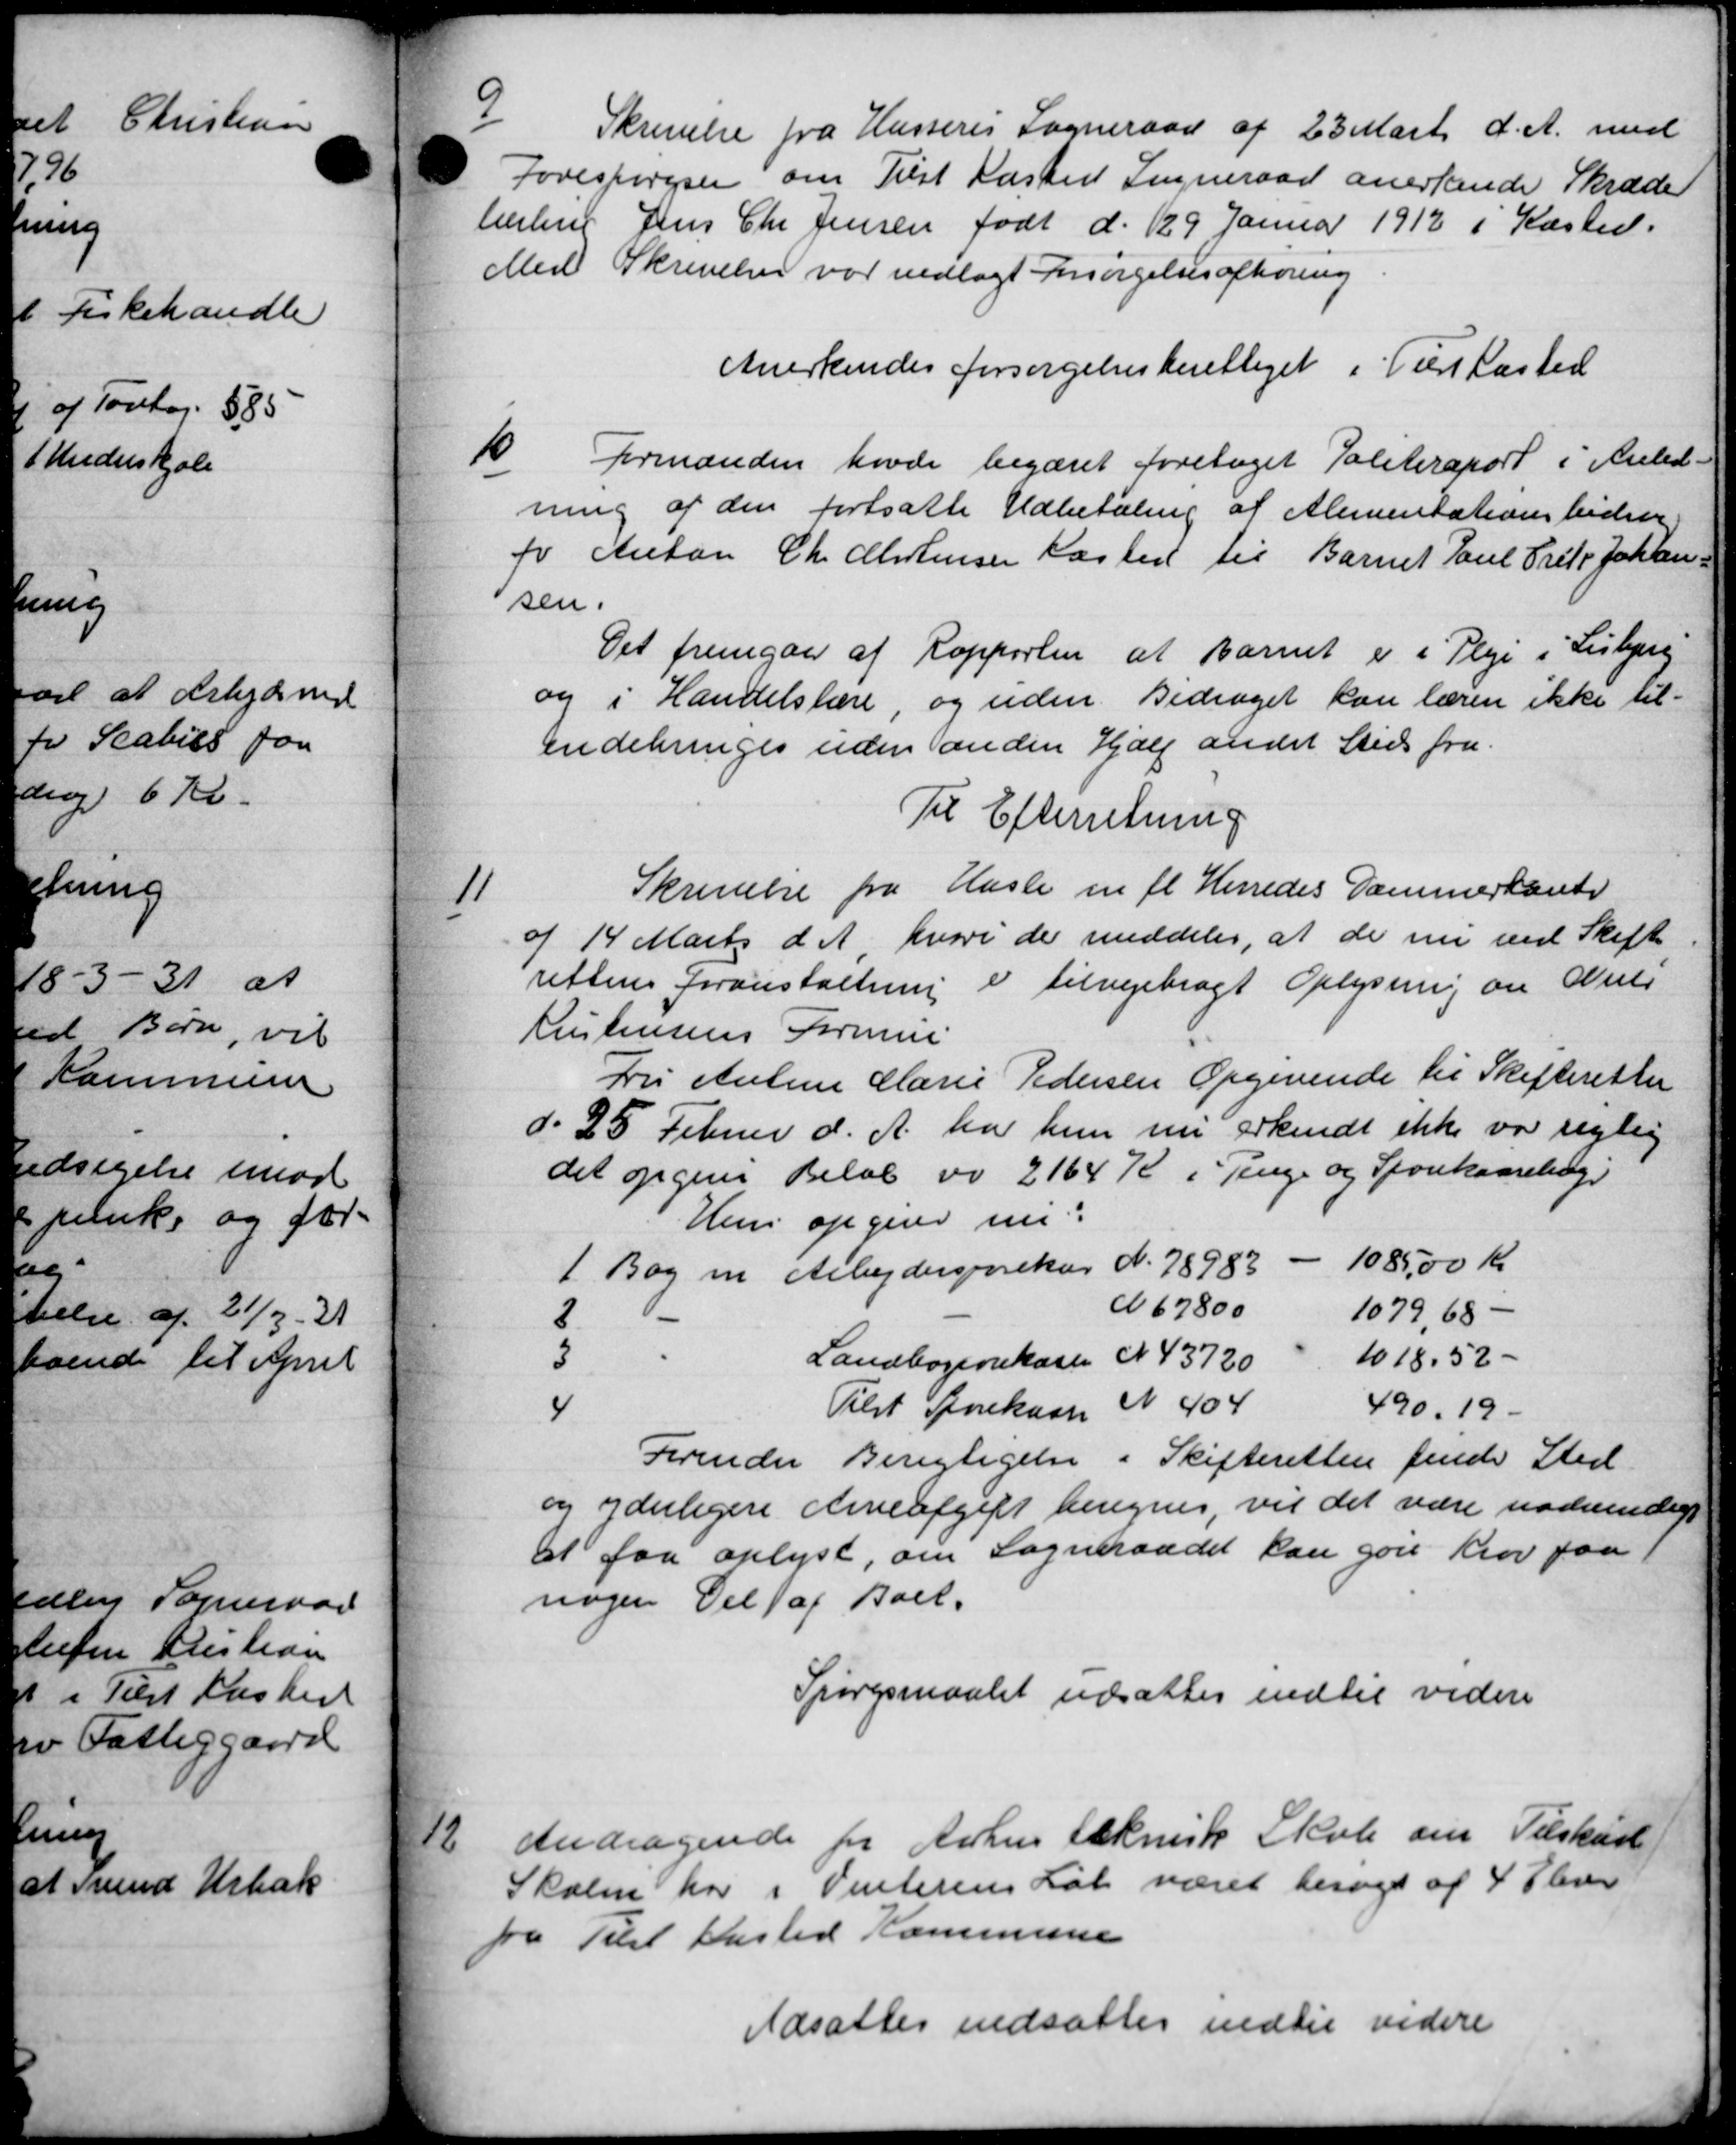
Transskription:
9
Skrivelse fra Hasseres Sogneraad af 23 Marts d. A. med
Forespørgser om Tilst Kasted Sogneraad anerkende Skræder
lieling Jens Chr Jensen født d. 129 Januar 1912 i Kasted.
Med Skrivelsen var vedlagt Forsørgelsesafhøring
Anerkendes forsørgelsesberettiget i Terkasted
10
Formanden havde begæret foretaget Politiraport i Anled-
ning af den fortsatte Udbetaling af Alimentationsbidrag
fo Anton Chr. Alistensen Kasted til Barnet Paul Frits Johan
sen.
Det fremgaa af Rapporten at Barnet er i Pleje i Lisbjerg
og i Handelslære, og uden Bidraget kan lærer ikke til=
endebringes uden anden Hjælp andet Sties fra
Til Efterretning
11
Skrivelse fra Hasle m fl Herredes Dammerhand
a 14 Marts d A, hvori de meddeles, at de nu ved Skift
rettens foranstaltning er tilvejebragt Oplysning om Amts
Kristensens Formue
Fr Antine Marie Pedersen Opgivende til Skifteretter
do 25 Februar d. A. har hun nu erkendt ikke var riglig
det opgive Beløb og 2164 Kr i Penge og Sparekasseling
Huns opgive un
1 Bog i Arbejdersparekar N. 78982 1085,00 Kr.
2 N 67800 1079,68 -
3 Landbogenrekasse N 43720 - 1018.52-
4 Tilst Sparekasse N 404 490.19.
Forinder Berigtigelse i Skifteretten finde Sted
og yderligere Arveafgift beregnes, vil det være nødvendigt
at faa oplyst, om Sogneraadet kan gøre Krov paa 1
nogen Del af Boel.
Spørgsmaalet udsættes indtil videre
12
Andragende for Århus teknisk Skole om Tilskud
Skolen har i Vinterens Løb været besøgt af 4 Plever
fra Tilet ensted Kommune
Udsattes nedsattes indtil videre